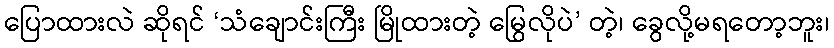
ပြောထားလဲ ဆိုရင် ‘သံချောင်းကြီး မြိုထားတဲ့ မြွေလိုပဲ’ တဲ့၊ ခွေလို့မရတော့ဘူး၊